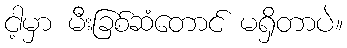
ငါ့မှာ မီးခြစ်ဆံတောင် မရှိတာပဲ။